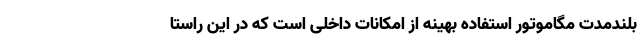
بلندمدت مگاموتور استفاده بهینه از امکانات داخلی است که در این راستا